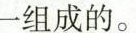
一组成的。